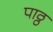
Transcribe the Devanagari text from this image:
पाठ्ठ